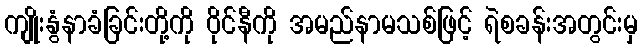
ကျိုးနွံနာခံခြင်းတို့ကို ဝိုင်နီကို အမည်နာမသစ်ဖြင့် ရဲစခန်းအတွင်းမှ